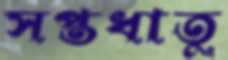
সপ্তধাতু